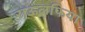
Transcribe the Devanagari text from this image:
राऊलफिया